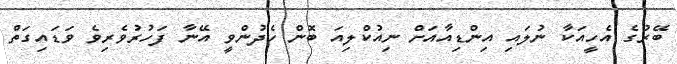
ބޭރުގެ އެހީއަކާ ނުލައި އިންޑިއާއަށް ނިއުކްލިއަ ބޮން ހެދުންވީ އޭނާ ފަހުރުވެރިވެ ވަޑައިގަތް